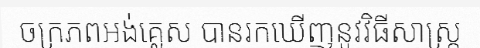
ចក្រភពអង់គ្លេស បានរកឃើញនូវវិធីសាស្ត្រ